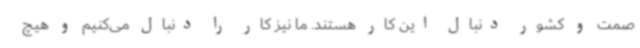
صمت و کشور دنبال این کار هستند. ما نیز کار را دنبال می‌کنیم و هیچ